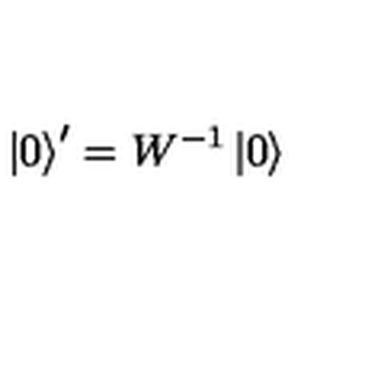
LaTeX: \left| 0 \right> ^ { \prime } = W ^ { - 1 } \left| 0 \right>